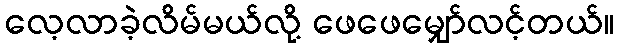
လေ့လာခဲ့လိမ်မယ်လို့ ဖေဖေမျှော်လင့်တယ်။